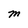
Character: m